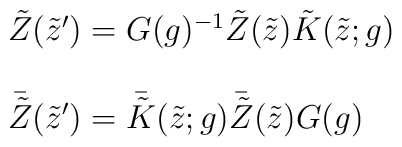
\begin{array}{l}\tilde{Z}(\tilde{z}^{\prime})=G(g)^{-1}\tilde{Z}(\tilde{z})\tilde{K}(\tilde{z};g)~~~\\{}\\\bar{\tilde{Z}}(\tilde{z}^{\prime})=\bar{\tilde{K}}(\tilde{z};g)\bar{\tilde{Z}}(\tilde{z})G(g)\end{array}